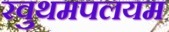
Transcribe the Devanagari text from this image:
रवुथमपलयम